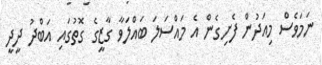
ނަމަވެސް މިއަދުން ފެށިގެން އެ މައްސަލަ ބައްލަވާ ގާޒީގެ ގޮތުގައި އަބްދު ދީދީ